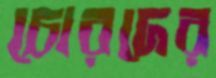
চোরদের